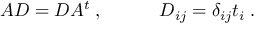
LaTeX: A D = D A ^ { t } \; , \quad \quad \quad D _ { i j } = \delta _ { i j } t _ { i } \; .